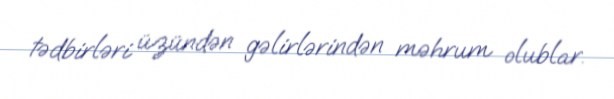
tədbirləri üzündən gəlirlərindən məhrum olublar.